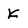
Character: k